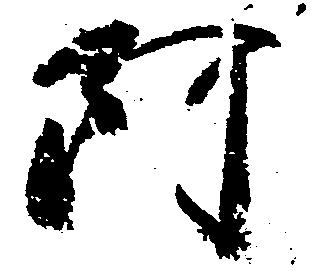
阿